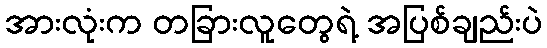
အားလုံးက တခြားလူတွေရဲ့ အပြစ်ချည်းပဲ